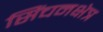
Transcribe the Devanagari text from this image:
सिंचनक्षेत्र